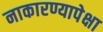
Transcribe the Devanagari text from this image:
नाकारण्यापेक्षा